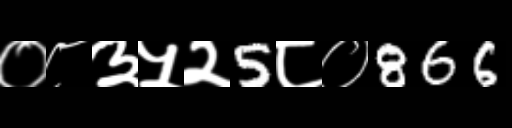
Text: ०८३५२5८०866